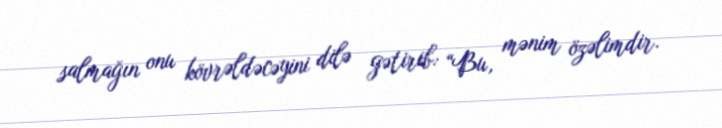
salmağın onu kövrəldəcəyini dilə gətirib: “Bu, mənim özəlimdir.